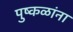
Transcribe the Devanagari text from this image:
पुष्कळांना